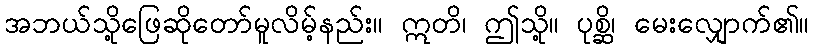
အဘယ်သို့ဖြေဆိုတော်မူလိမ့်နည်း။ ဣတိ၊ ဤသို့။ ပုစ္ဆိ၊ မေးလျှောက်၏။